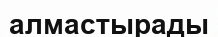
алмастырады